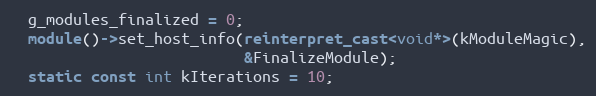
Language: C++
  g_modules_finalized = 0;
  module()->set_host_info(reinterpret_cast<void*>(kModuleMagic),
                          &FinalizeModule);
  static const int kIterations = 10;